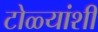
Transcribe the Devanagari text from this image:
टोळ्यांशीं